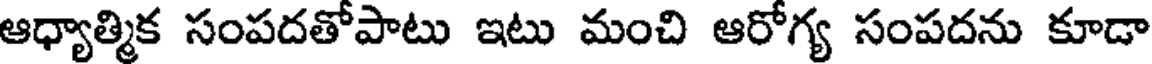
ఆధ్యాత్మిక సంపదతోపాటు ఇటు మంచి ఆరోగ్య సంపదను కూడా